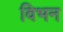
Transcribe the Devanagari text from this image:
विभन